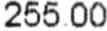
255.00